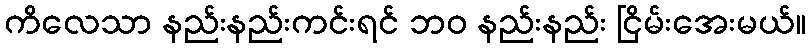
ကိလေသာ နည်းနည်းကင်းရင် ဘဝ နည်းနည်း ငြိမ်းအေးမယ်။